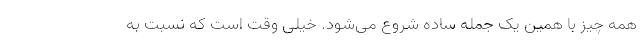
همه چیز با همین یک جمله ساده شروع می‌شود. خیلی وقت است که نسبت به